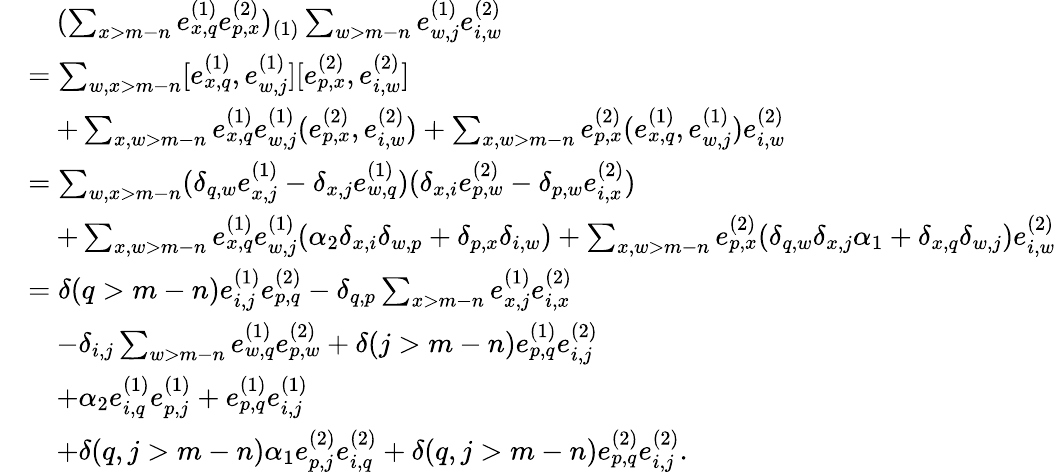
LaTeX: \begin{array}{rl}&{\quad(\sum_{x>m-n}e_{x,q}^{(1)}e_{p,x}^{(2)})_{(1)}\sum_{w>m-n}e_{w,j}^{(1)}e_{i,w}^{(2)}}\\ &{=\sum_{w,x>m-n}[e_{x,q}^{(1)},e_{w,j}^{(1)}][e_{p,x}^{(2)},e_{i,w}^{(2)}]}\\ &{\quad+\sum_{x,w>m-n}e_{x,q}^{(1)}e_{w,j}^{(1)}(e_{p,x}^{(2)},e_{i,w}^{(2)})+\sum_{x,w>m-n}e_{p,x}^{(2)}(e_{x,q}^{(1)},e_{w,j}^{(1)})e_{i,w}^{(2)}}\\ &{=\sum_{w,x>m-n}(\delta_{q,w}e_{x,j}^{(1)}-\delta_{x,j}e_{w,q}^{(1)})(\delta_{x,i}e_{p,w}^{(2)}-\delta_{p,w}e_{i,x}^{(2)})}\\ &{\quad+\sum_{x,w>m-n}e_{x,q}^{(1)}e_{w,j}^{(1)}(\alpha_{2}\delta_{x,i}\delta_{w,p}+\delta_{p,x}\delta_{i,w})+\sum_{x,w>m-n}e_{p,x}^{(2)}(\delta_{q,w}\delta_{x,j}\alpha_{1}+\delta_{x,q}\delta_{w,j})e_{i,w}^{(2)}}\\ &{=\delta(q>m-n)e_{i,j}^{(1)}e_{p,q}^{(2)}-\delta_{q,p}\sum_{x>m-n}e_{x,j}^{(1)}e_{i,x}^{(2)}}\\ &{\quad-\delta_{i,j}\sum_{w>m-n}e_{w,q}^{(1)}e_{p,w}^{(2)}+\delta(j>m-n)e_{p,q}^{(1)}e_{i,j}^{(2)}}\\ &{\quad+\alpha_{2}e_{i,q}^{(1)}e_{p,j}^{(1)}+e_{p,q}^{(1)}e_{i,j}^{(1)}}\\ &{\quad+\delta(q,j>m-n)\alpha_{1}e_{p,j}^{(2)}e_{i,q}^{(2)}+\delta(q,j>m-n)e_{p,q}^{(2)}e_{i,j}^{(2)}.}\end{array}